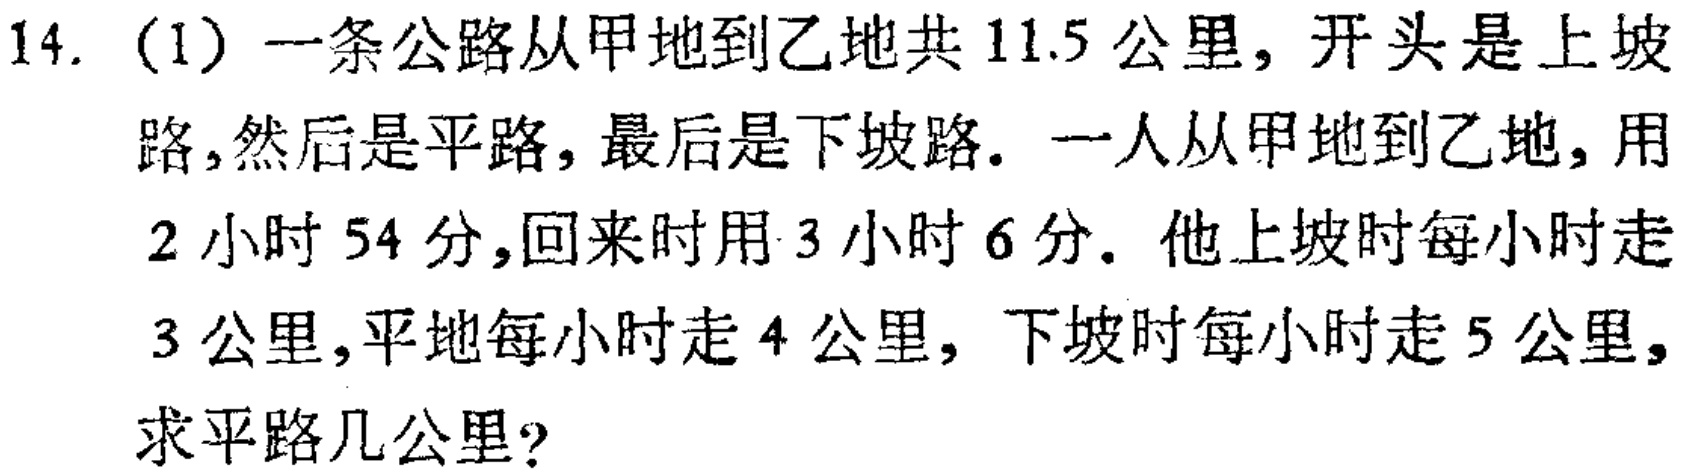
14. (1) 一条公路从甲地到乙地共 \(11.5\) 公里，开头是上坡路，然后是平路，最后是下坡路. 一人从甲地到乙地，用 \(2\) 小时 \(54\) 分，回来时用 \(3\) 小时 \(6\) 分. 他上坡时每小时走 \(3\) 公里，平地每小时走 \(4\) 公里，下坡时每小时走 \(5\) 公里，求平路几公里?